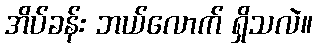
အိပ်ခန်း ဘယ်လောက် ရှိသလဲ။